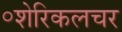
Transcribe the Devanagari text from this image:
॰शेरिकलचर